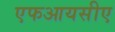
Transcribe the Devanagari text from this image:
एफआयसीए